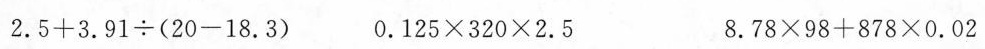
2.5 + 3.91 \div (20 - 18.3) 0.125 \times 320 \times 2.5 8.78 \times 98+878 \times 0.02